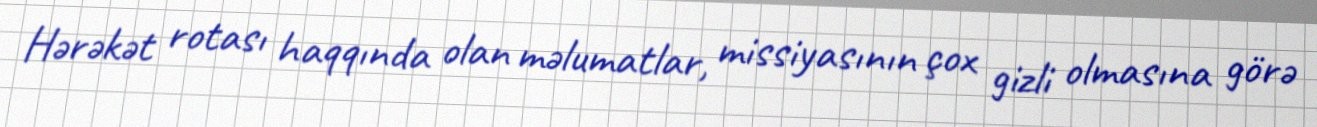
Hərəkət rotası haqqında olan məlumatlar, missiyasının çox gizli olmasına görə